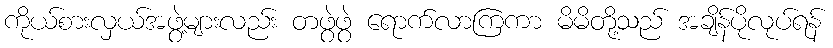
ကိုယ်စားလှယ်အဖွဲ့များလည်း တဖွဲဖွဲ ရောက်လာကြကာ မိမိတို့သည် အချိန်ပိုလုပ်ရန်